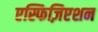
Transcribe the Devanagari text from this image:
एस्फिज़िएशन